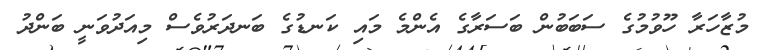
މުޒާހަރާ ހޫވުމުގެ ސަބަބުން ބަސަރާގެ އެންމެ މައި ކަނޑުގެ ބަނދަރުވެސް މިއަދުވަނީ ބަންދު